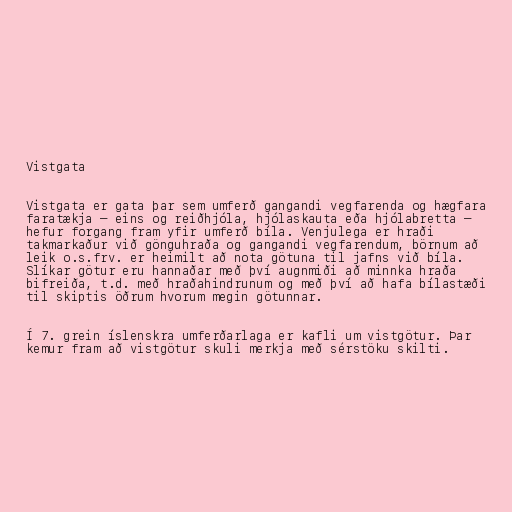
Vistgata

Vistgata er gata þar sem umferð gangandi vegfarenda og hægfara
faratækja — eins og reiðhjóla, hjólaskauta eða hjólabretta —
hefur forgang fram yfir umferð bíla. Venjulega er hraði
takmarkaður við gönguhraða og gangandi vegfarendum, börnum að
leik o.s.frv. er heimilt að nota götuna til jafns við bíla.
Slíkar götur eru hannaðar með því augnmiði að minnka hraða
bifreiða, t.d. með hraðahindrunum og með því að hafa bílastæði
til skiptis öðrum hvorum megin götunnar.

Í 7. grein íslenskra umferðarlaga er kafli um vistgötur. Þar
kemur fram að vistgötur skuli merkja með sérstöku skilti.